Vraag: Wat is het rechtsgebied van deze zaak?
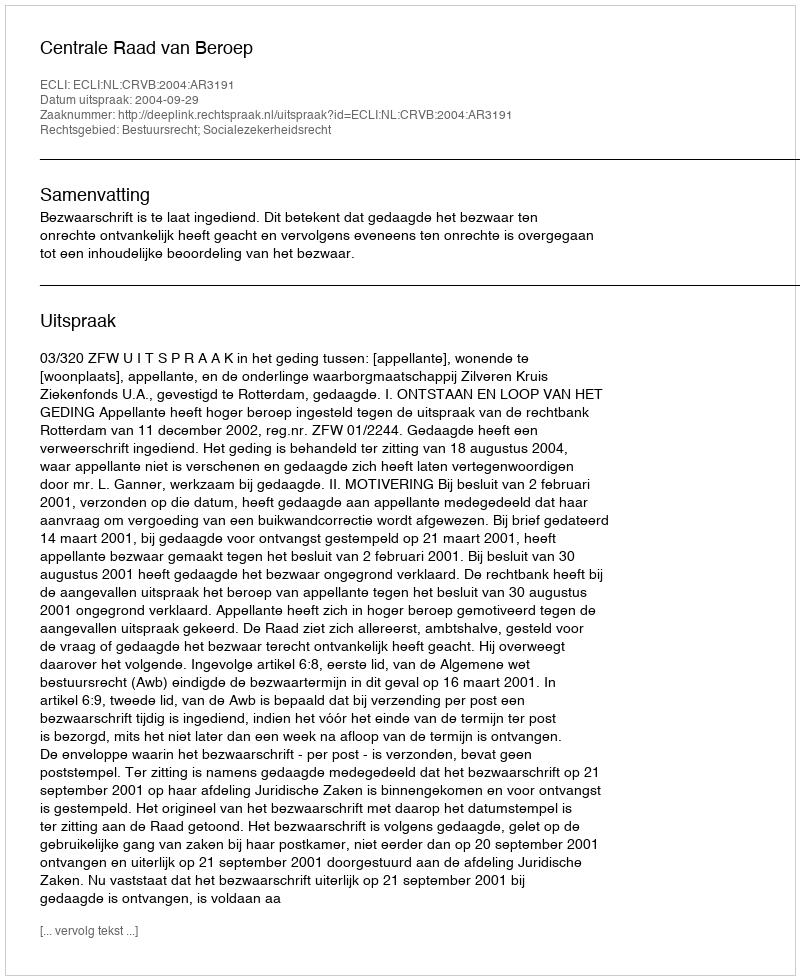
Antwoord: Bestuursrecht; Socialezekerheidsrecht